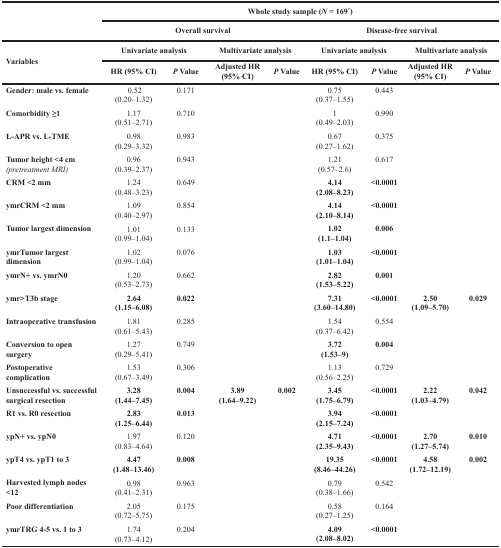
<table><thead><tr><td rowspan="2"></td><td colspan="8"><b>Whole study sample (<i>N</i> = 169<sup>*</sup>)</b></td></tr><tr><td colspan="4"><b>Overall survival</b></td><td colspan="4"><b>Disease-free survival</b></td></tr><tr><td rowspan="2"><b>Variables</b></td><td colspan="2"><b>Univariate analysis</b></td><td colspan="2"><b>Multivariate analysis</b></td><td colspan="2"><b>Univariate analysis</b></td><td colspan="2"><b>Multivariate analysis</b></td></tr><tr><td><b>HR (95% CI)</b></td><td><b><i>P</i> Value</b></td><td><b>Adjusted HR (95% CI)</b></td><td><b><i>P</i> Value</b></td><td><b>HR (95% CI)</b></td><td><b><i>P</i> Value</b></td><td><b>Adjusted HR (95% CI)</b></td><td><b><i>P</i> Value</b></td></tr></thead><tbody><tr><td><b>Gender: male vs. female</b></td><td>0.52(0.20–1.32)</td><td>0.171</td><td></td><td></td><td>0.75(0.37–1.55)</td><td>0.443</td><td></td><td></td></tr><tr><td><b>Comorbidity ≥1</b></td><td>1.17(0.51–2.71)</td><td>0.710</td><td></td><td></td><td>1(0.49–2.03)</td><td>0.990</td><td></td><td></td></tr><tr><td><b>L-APR vs. L-TME</b></td><td>0.98(0.29–3.32)</td><td>0.983</td><td></td><td></td><td>0.67(0.27–1.62)</td><td>0.375</td><td></td><td></td></tr><tr><td><b>Tumor height &lt;4 cm</b><i>(pretreatment MRI)</i></td><td>0.96(0.39–2.37)</td><td>0.943</td><td></td><td></td><td>1.21(0.57–2.6)</td><td>0.617</td><td></td><td></td></tr><tr><td><b>CRM &lt;2 mm</b></td><td>1.24(0.48–3.23)</td><td>0.649</td><td></td><td></td><td><b>4.14</b><b>(2.08–8.23)</b></td><td><b>&lt;0.0001</b></td><td></td><td></td></tr><tr><td><b>ymrCRM &lt;2 mm</b></td><td>1.09(0.40–2.97)</td><td>0.854</td><td></td><td></td><td><b>4.14</b><b>(2.10–8.14)</b></td><td><b>&lt;0.0001</b></td><td></td><td></td></tr><tr><td><b>Tumor largest dimension</b></td><td>1.01(0.99–1.04)</td><td>0.133</td><td></td><td></td><td><b>1.02</b><b>(1.1–1.04)</b></td><td><b>0.006</b></td><td></td><td></td></tr><tr><td><b>ymrTumor largest dimension</b></td><td>1.02(0.99–1.04)</td><td>0.076</td><td></td><td></td><td><b>1.03</b><b>(1.01–1.04)</b></td><td><b>&lt;0.0001</b></td><td></td><td></td></tr><tr><td><b>ymrN+ vs. ymrN0</b></td><td>1.20(0.53–2.73)</td><td>0.662</td><td></td><td></td><td><b>2.82</b><b>(1.53–5.22)</b></td><td><b>0.001</b></td><td></td><td></td></tr><tr><td><b>ymr&gt;T3b stage</b></td><td><b>2.64</b><b>(1.15–6.08)</b></td><td><b>0.022</b></td><td></td><td></td><td><b>7.31</b><b>(3.60–14.80)</b></td><td><b>&lt;0.0001</b></td><td><b>2.50</b><b>(1.09–5.70)</b></td><td><b>0.029</b></td></tr><tr><td><b>Intraoperative transfusion</b></td><td>1.81(0.61–5.43)</td><td>0.285</td><td></td><td></td><td>1.54(0.37–6.42)</td><td>0.554</td><td></td><td></td></tr><tr><td><b>Conversion to open surgery</b></td><td>1.27(0.29–5.41)</td><td>0.749</td><td></td><td></td><td><b>3.72</b><b>(1.53–9)</b></td><td><b>0.004</b></td><td></td><td></td></tr><tr><td><b>Postoperative complication</b></td><td>1.53(0.67–3.49)</td><td>0.306</td><td></td><td></td><td>1.13(0.56–2.25)</td><td>0.729</td><td></td><td></td></tr><tr><td><b>Unsuccessful vs. successful surgical resection</b></td><td><b>3.28</b><b>(1.44–7.45)</b></td><td><b>0.004</b></td><td><b>3.89</b><b>(1.64–9.22)</b></td><td><b>0.002</b></td><td><b>3.45</b><b>(1.75–6.79)</b></td><td><b>&lt;0.0001</b></td><td><b>2.22</b><b>(1.03–4.79)</b></td><td><b>0.042</b></td></tr><tr><td><b>R1 vs. R0 resection</b></td><td><b>2.83</b><b>(1.25–6.44)</b></td><td><b>0.013</b></td><td></td><td></td><td><b>3.94</b><b>(2.15–7.24)</b></td><td><b>&lt;0.0001</b></td><td></td><td></td></tr><tr><td><b>ypN+ vs. ypN0</b></td><td>1.97(0.83–4.64)</td><td>0.120</td><td></td><td></td><td><b>4.71</b><b>(2.35–9.43)</b></td><td><b>&lt;0.0001</b></td><td><b>2.70</b><b>(1.27–5.74)</b></td><td><b>0.010</b></td></tr><tr><td><b>ypT4 vs. ypT1 to 3</b></td><td><b>4.47</b><b>(1.48–13.46)</b></td><td><b>0.008</b></td><td></td><td></td><td><b>19.35</b><b>(8.46–44.26)</b></td><td><b>&lt;0.0001</b></td><td><b>4.58</b><b>(1.72–12.19)</b></td><td><b>0.002</b></td></tr><tr><td><b>Harvested lymph nodes &lt;12</b></td><td>0.98(0.41–2.31)</td><td>0.963</td><td></td><td></td><td>0.79(0.38–1.66)</td><td>0.542</td><td></td><td></td></tr><tr><td><b>Poor differentiation</b></td><td>2.05(0.72–5.75)</td><td>0.175</td><td></td><td></td><td>0.58(0.27–1.25)</td><td>0.164</td><td></td><td></td></tr><tr><td><b>ymrTRG 4-5 vs. 1 to 3</b></td><td>1.74(0.73–4.12)</td><td>0.204</td><td></td><td></td><td><b>4.09</b><b>(2.08–8.02)</b></td><td><b>&lt;0.0001</b></td><td></td><td></td></tr></tbody></table>